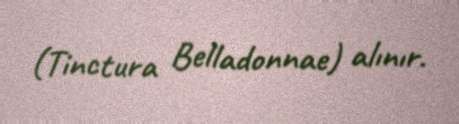
(Tinctura Belladonnae) alınır.